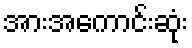
အားအကောင်းဆုံး